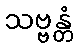
သဗ္ဗန္တံ